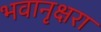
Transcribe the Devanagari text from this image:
भवानृक्षरा